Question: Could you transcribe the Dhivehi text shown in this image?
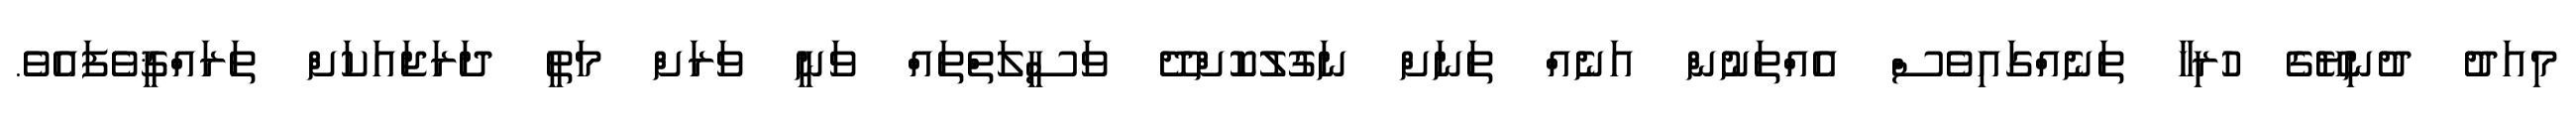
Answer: މިއަދު ދުނިޔޭގެ ހުރިހާ ތަނެއްގައިވެސް އެއްތަނުން އަނެއް ތަނަށް ނަގުލުކޮށްދޭ ވަސީލަތްތައް ވަނީ ވަރަށް މަތީ ދަރަޖައަކަށް ތަރައްޤީވެފައެވެ.